NAE_ERA_R-2632_ENSV_TA_Emakeele_Selts_1945-1955, lk 9
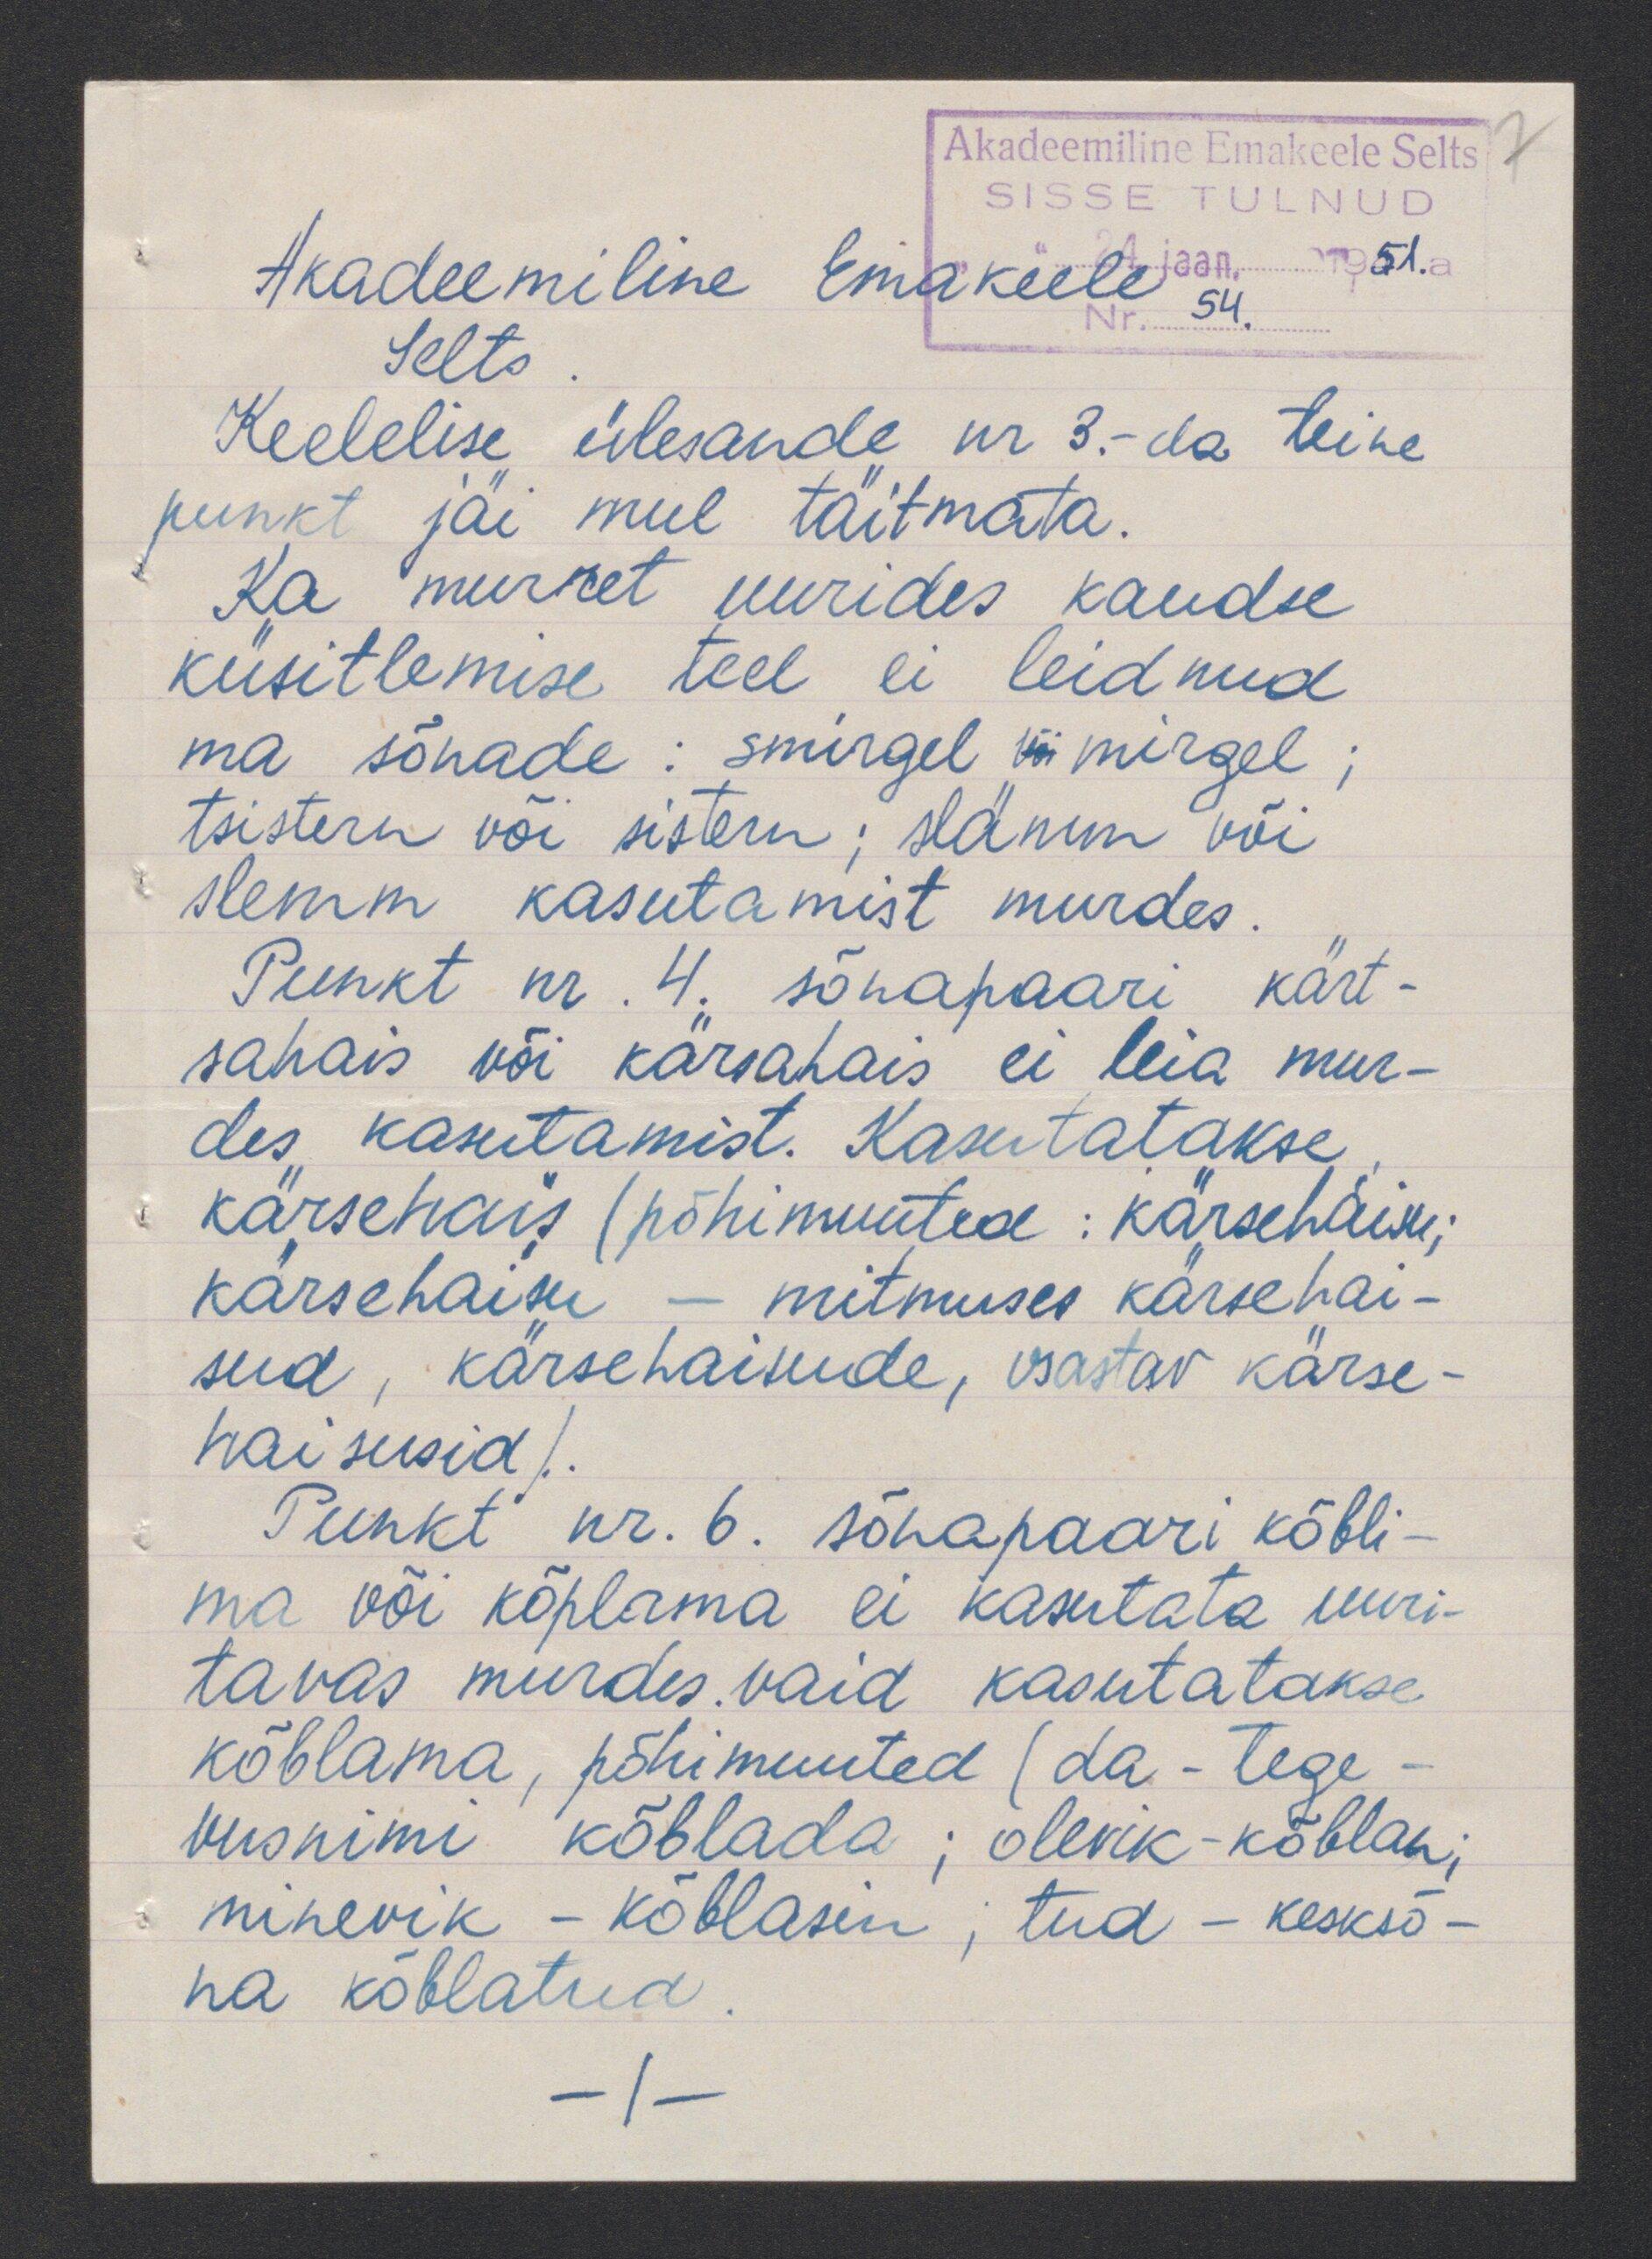
Akadeemiline Emakeele Selts
SISSE TULNUD
Akadeemiline Emakeele
Selts
Keelelise ülesande nr 3.-da teine
punkt jäi mul täitmata.
Ka murret uurides kaudse
küsitlemise teel ei leidnud
ma sõnade: smirgel või mirgel
tsistern või sistern; hämm või
hemm kasutamist murdes.
Punkt nr. 4; sõnapaari kärt-
sahais või kärsahäis ei leia mur-
des kasutamist. Kasutatakse
kärsehais (põhimuuted: karsehaisse,
kärsehaisu - mitmuses kärsehai-
sud, kärsehaisude, osastav kärse-
haisusid).
Punkt nr. 6. sõnapaäri kõbli-
ma või kõplama ei kasutata uuri-
tavas murdes. vaid kasutatakse
kõblama, põhimuuted (da -tege-
vusnimi kõblada, olevik-kõblan,
minevik - kõblasin, tud - kesksõ-
na kõblatud.